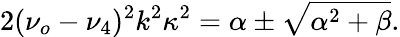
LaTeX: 2(\nu_{o}-\nu_{4})^{2}k^{2}\kappa^{2}=\alpha\pm\sqrt{\alpha^{2}+\beta}.